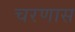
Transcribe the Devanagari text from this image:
चरणास